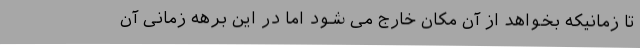
تا زمانیکه بخواهد از آن مکان خارج می شود اما در این برهه زمانی آن